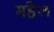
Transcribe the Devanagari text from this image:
महेल